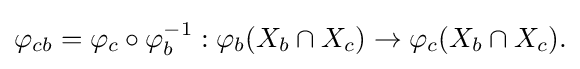
\displaystyle {\varphi _{cb}=\varphi _{c}\circ \varphi _{b}^{-1}:\varphi _{b}(X_{b}\cap X_{c})\rightarrow \varphi _{c}(X_{b}\cap X_{c}).}